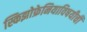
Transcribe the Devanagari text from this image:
स्किझोफ्रेनियाविषयीची